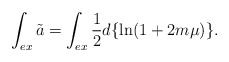
\begin{align*}\int_{ex}\tilde{a}=\int_{ex}\frac{1}{2}d\{\ln (1+2m\mu )\}. \end{align*}